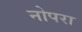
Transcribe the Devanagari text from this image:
नोपरा